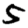
Digit: 5